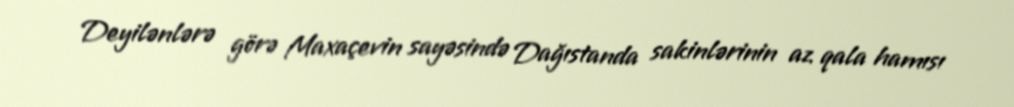
Deyilənlərə görə Maxaçevin sayəsində Dağıstanda sakinlərinin az qala hamısı